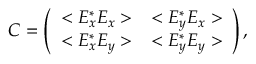
C = \left( \begin{array} { l l } { { < E _ { x } ^ { * } E _ { x } > } } & { { < E _ { y } ^ { * } E _ { x } > } } \\ { { < E _ { x } ^ { * } E _ { y } > } } & { { < E _ { y } ^ { * } E _ { y } > } } \end{array} \right) ,